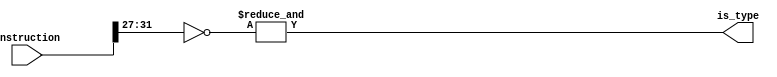
module r_type(is_type, instruction);
    input [31:0] instruction;
    output is_type;

    assign is_type = &(~instruction[31:27]);
endmodule